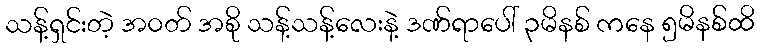
သန့်ရှင်းတဲ့ အဝတ် အစို သန့်သန့်လေးနဲ့ ဒဏ်ရာပေါ် ၃မိနစ် ကနေ ၅မိနစ်ထိ